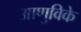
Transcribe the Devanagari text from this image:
आणुविके